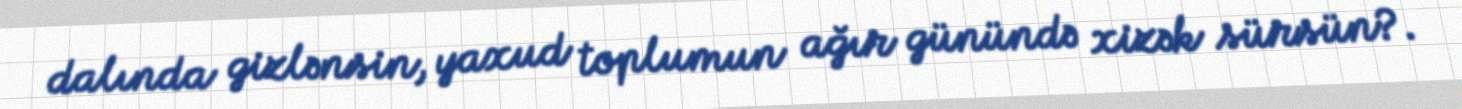
dalında gizlənsin, yaxud toplumun ağır günündə xizək sürsün?.